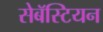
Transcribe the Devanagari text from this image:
सेबॅस्टियन